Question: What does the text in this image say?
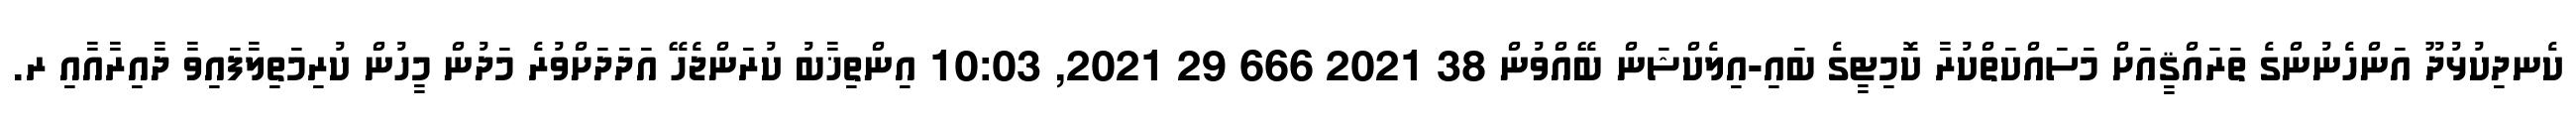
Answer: ކެނދިކުޅުދޫ އަންހެނުންގެ ތަރައްޤީއަށް މަސައްކަތްކުރާ ކޮމިޓީގެ ބައި-އިލެކްޝަން ބޭއްވުން 38 2021 666 29 2021, 10:03 އިންތިޚާބު ކުރަންޖެހޭ އަދަދަށްވުރެ މަދުން މީހުން ކުރިމަތިލާފައިވާ ދާއިރާއާއި ރ.